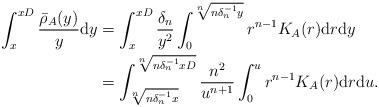
LaTeX: \begin{align*}\begin{aligned}\int_x^{xD} \frac{\bar{\rho}_A(y)}{y} \mathrm{d}y & = \int_x^{xD} \frac{\delta_n}{y^2} \int_0^{\sqrt[n]{n\delta_n^{-1}y}} r^{n-1} K_A(r) \mathrm{d}r \mathrm{d}y \\& = \int_{ \sqrt[n]{n\delta_n^{-1}x} }^{ \sqrt[n]{n\delta_n^{-1}xD} } \frac{n^2}{u^{n+1} } \int_0^{u} r^{n-1} K_A(r) \mathrm{d}r \mathrm{d}u.\end{aligned}\end{align*}